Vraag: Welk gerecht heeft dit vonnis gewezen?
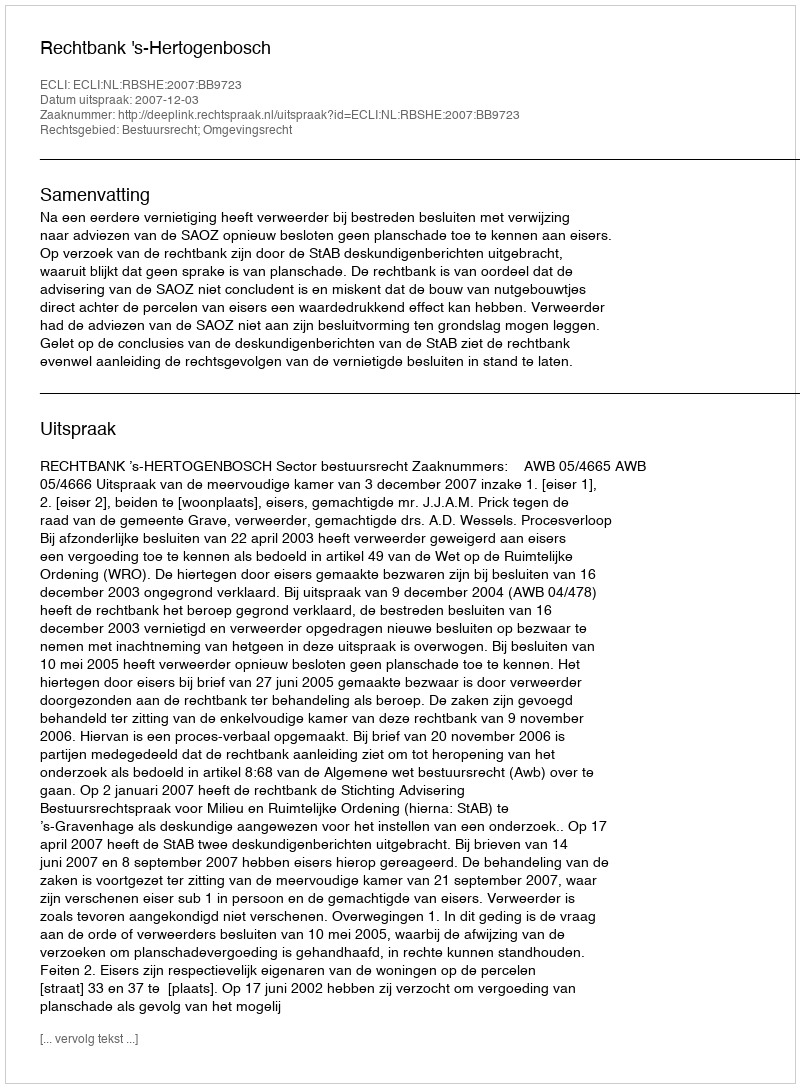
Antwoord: Rechtbank 's-Hertogenbosch